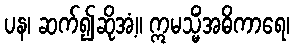
ပန၊ ဆက်၍ဆိုအံ့။ ဣမသ္မိံအဓိကာရေ၊